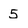
Character: 5